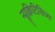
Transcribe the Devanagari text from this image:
न्यूक्रिटिसिज्म